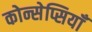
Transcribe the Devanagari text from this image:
कोन्सेप्सियॉँ